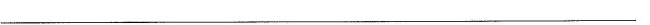
___